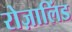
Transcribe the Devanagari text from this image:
रोज़ालिंड